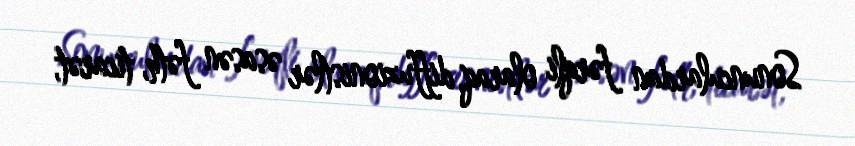
Sonunculardan fərqli olaraq, diffuzionistlər əsasən fəth, ticarət,